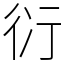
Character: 𧗠